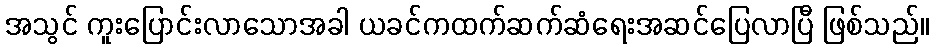
အသွင် ကူးပြောင်းလာသောအခါ ယခင်ကထက်ဆက်ဆံရေးအဆင်ပြေလာပြီ ဖြစ်သည်။